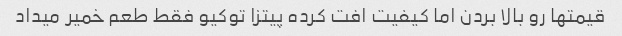
قیمتها رو بالا بردن اما کیفیت افت کرده پیتزا توکیو فقط طعم خمیر میداد